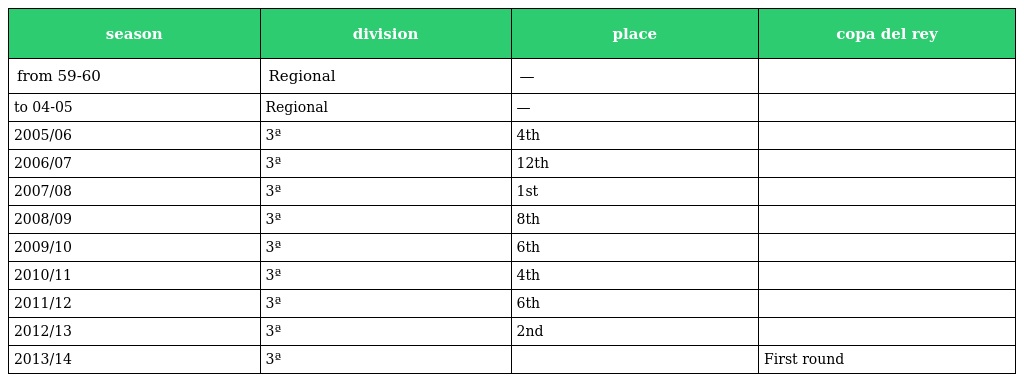
| season | division | place | copa del rey |
 | --- | --- | --- | --- |
 | from 59-60 | Regional | — |  |
 | to 04-05 | Regional | — |  |
 | 2005/06 | 3ª | 4th |  |
 | 2006/07 | 3ª | 12th |  |
 | 2007/08 | 3ª | 1st |  |
 | 2008/09 | 3ª | 8th |  |
 | 2009/10 | 3ª | 6th |  |
 | 2010/11 | 3ª | 4th |  |
 | 2011/12 | 3ª | 6th |  |
 | 2012/13 | 3ª | 2nd |  |
 | 2013/14 | 3ª |  | First round |